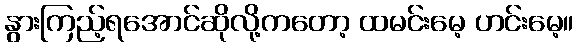
နွားကြည့်ရအောင်ဆိုလို့ကတော့ ထမင်းမေ့ ဟင်းမေ့။